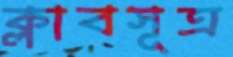
ক্লাবসূত্র